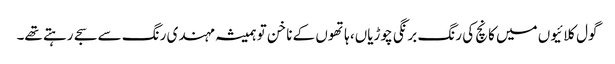
گول کلائیوں میں کانچ کی رنگ برنگی چوڑیاں، ہاتھوں کے ناخن تو ہمیشہ مہندی رنگ سے سجے رہتے تھے۔